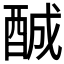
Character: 𨠽